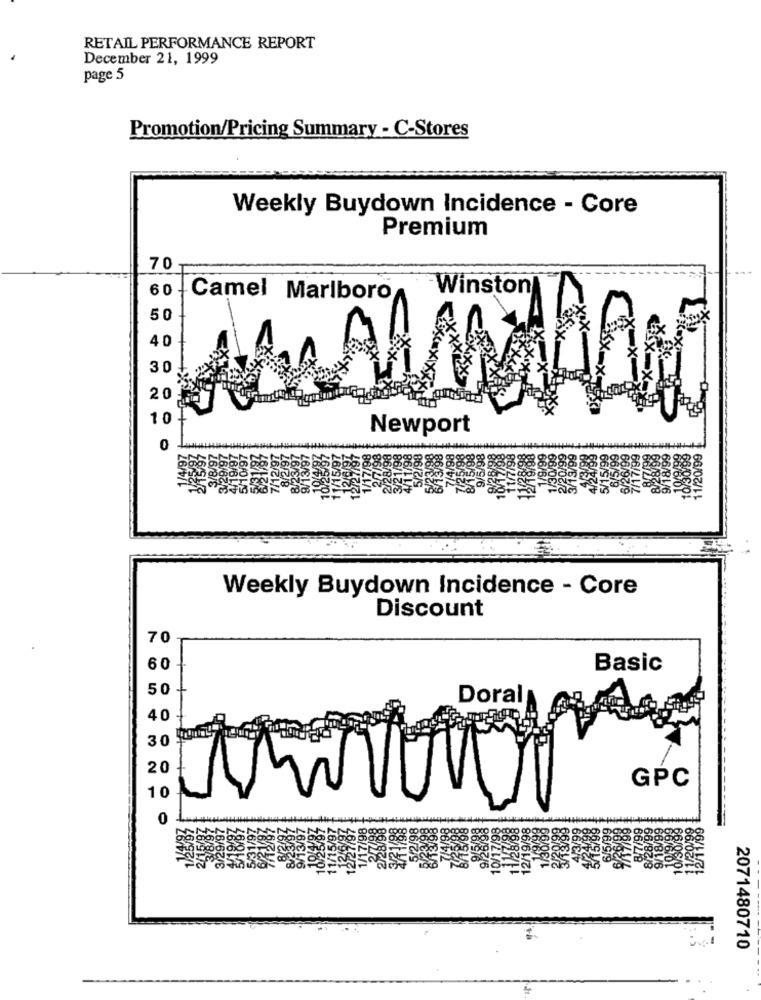
RETAIL PERFORMANCE REPORT
December 21, 1999
page 5
Promotion/Pricing Summary - C-Stores
Weekly Buydown Incidence - Core
Premium
70
Winston
60 - Camel Marlboro
50
40
30
20
10
Newport
0
17/99
30/99
/20/99
18888888888
48%
66/
Weekly Buydown Incidence - Core
Discount
70
60
Basic
50
Doral
40 +
20
GPC
10
0
2071480710